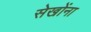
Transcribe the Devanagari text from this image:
सेखोंना